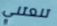
تنعتني